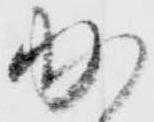
加